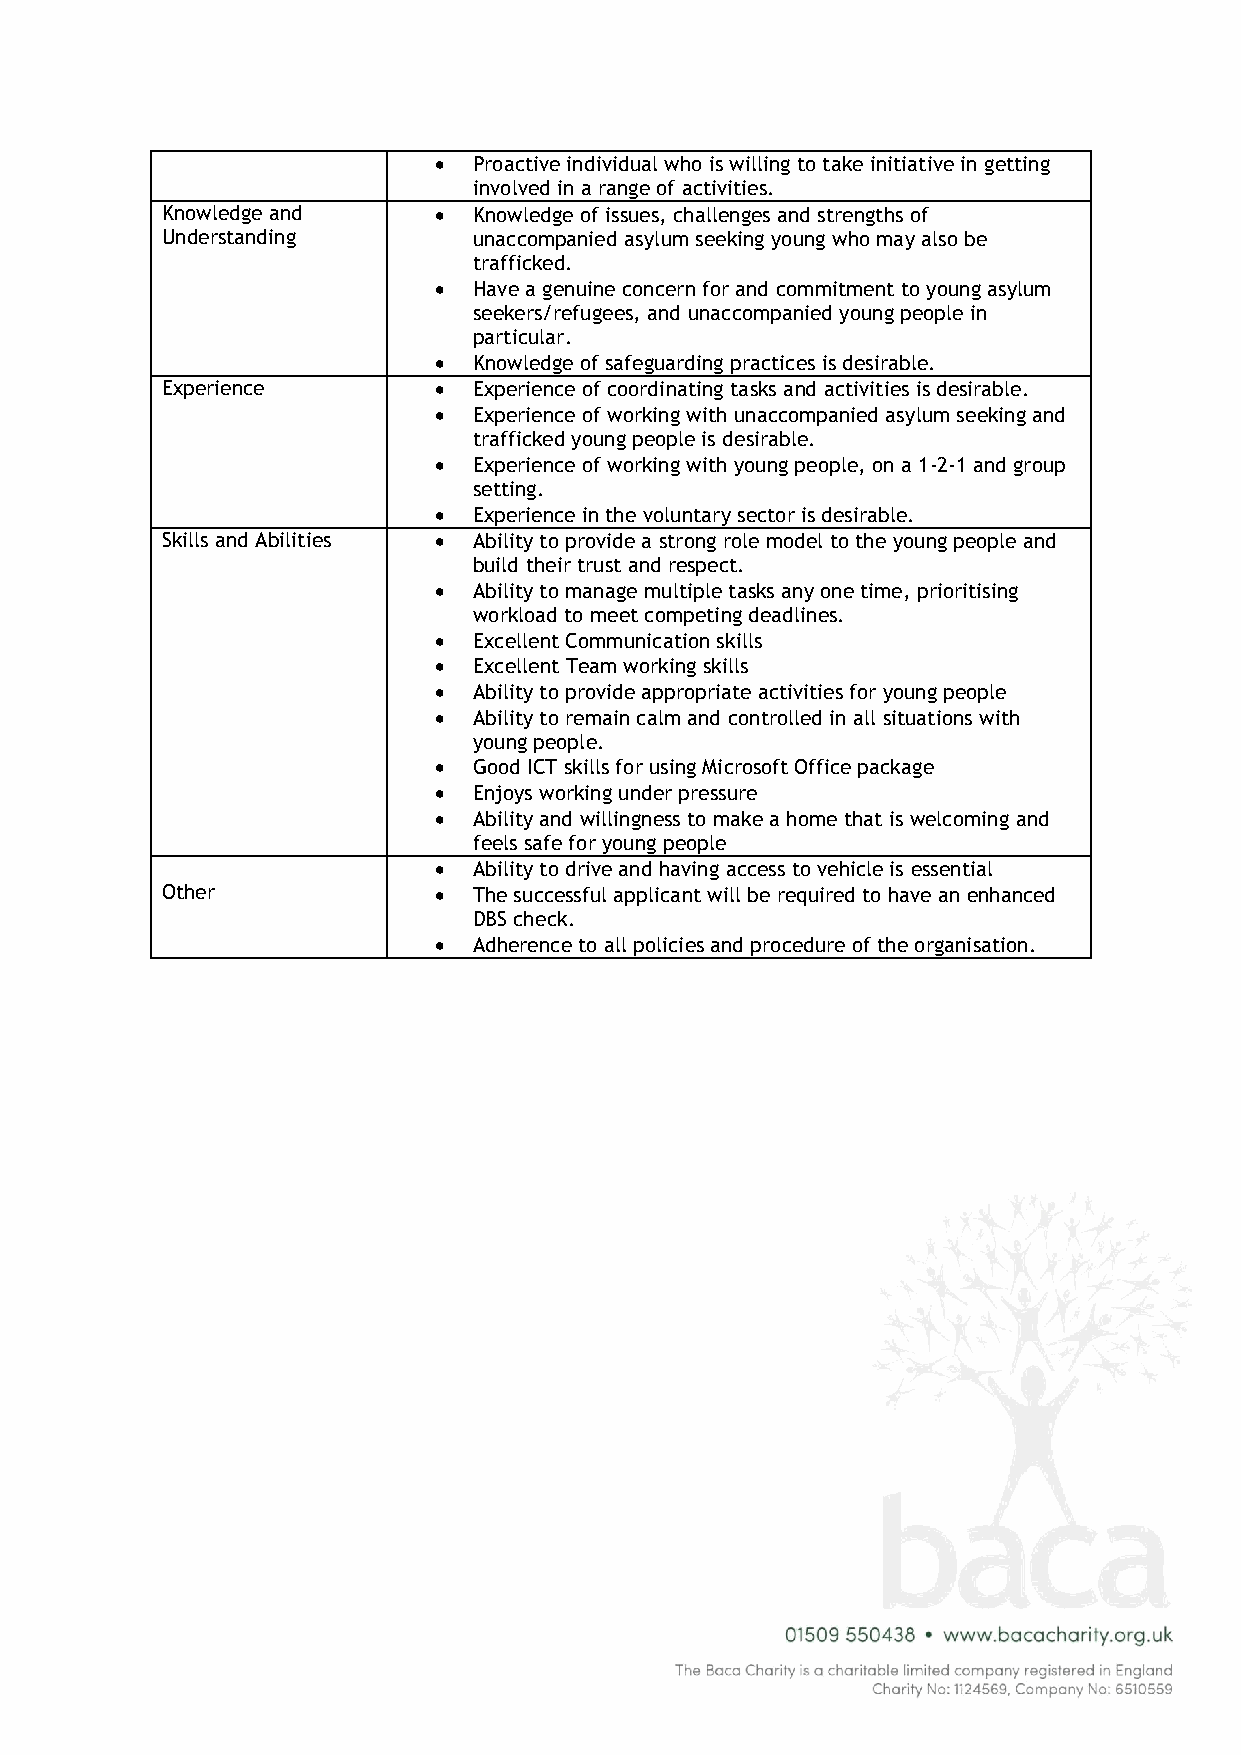
 Proactive individual who is willing to take initiative in getting
 involved in a range of activities.
 Knowledge and      Knowledge of issues, challenges and strengths of
 Understanding       unaccompanied asylum seeking young who may also be
 trafficked.
  Have a genuine concern for and commitment to young asylum
 seekers/refugees, and unaccompanied young people in
 particular.
  Knowledge of safeguarding practices is desirable.
 Experience         Experience of coordinating tasks and activities is desirable.
  Experience of working with unaccompanied asylum seeking and
 trafficked young people is desirable.
  Experience of working with young people, on a 1-2-1 and group
 setting.
  Experience in the voluntary sector is desirable.
 Skills and Abilities  Ability to provide a strong role model to the young people and
 build their trust and respect.
  Ability to manage multiple tasks any one time, prioritising
 workload to meet competing deadlines.
  Excellent Communication skills
  Excellent Team working skills
  Ability to provide appropriate activities for young people
  Ability to remain calm and controlled in all situations with
 young people.
  Good ICT skills for using Microsoft Office package
  Enjoys working under pressure
  Ability and willingness to make a home that is welcoming and
 feels safe for young people
  Ability to drive and having access to vehicle is essential
 Other              The successful applicant will be required to have an enhanced
 DBS check.
  Adherence to all policies and procedure of the organisation.